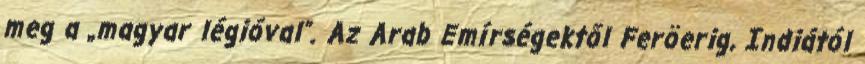
meg a „magyar légióval”. Az Arab Emírségektől Feröerig, Indiától